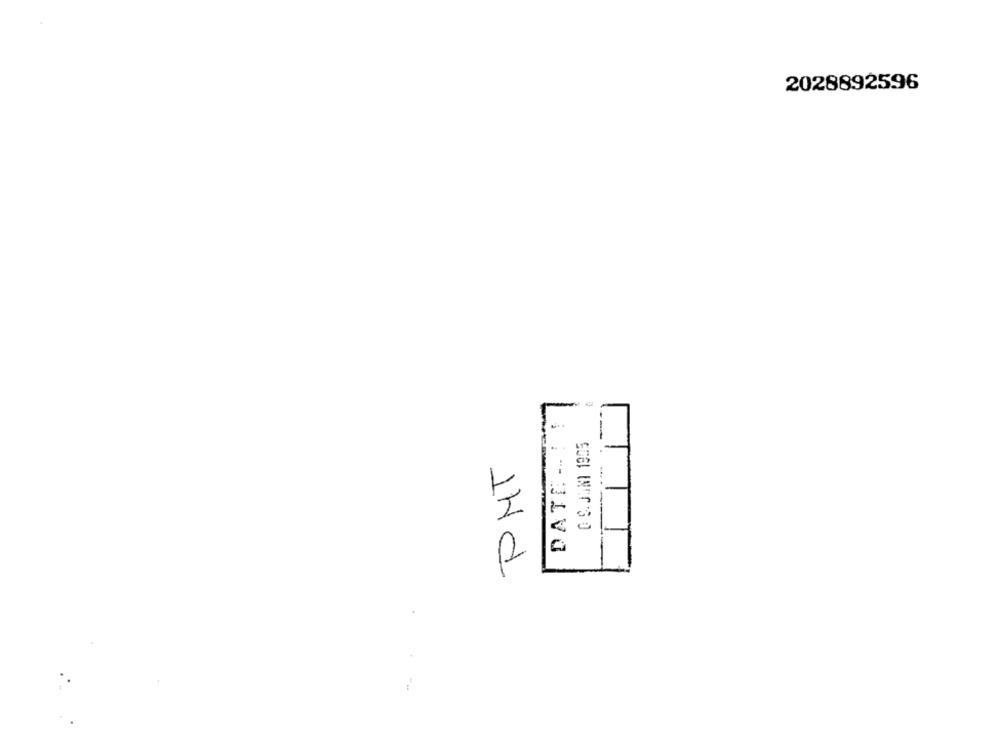
2028892596
DATE- ! !
-
PMT
11